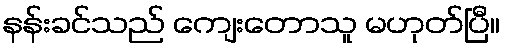
နန်းခင်သည် ကျေးတောသူ မဟုတ်ပြီ။